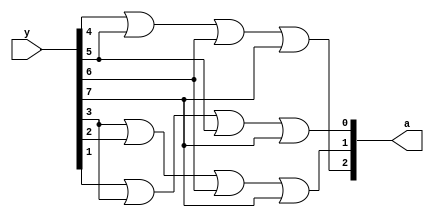

module encoder8to3(y,a);
input [7:0] y;
output [2:0]a;
assign a[2]=y[4]|y[5]|y[6]|y[7];
assign a[1]=y[3]|y[2]|y[6]|y[7];
assign a[0]=y[1]|y[3]|y[5]|y[7];


endmodule
module encoder8to3_tb;

	// Inputs
	reg [7:0] y;

	// Outputs
	wire [2:0] a;

	// Instantiate the Design Under Test (UDT)
	encoder8to3 dut (y,a
	);

	initial begin
		// Initialize Inputs
		y[7:0]=8'b00000001;#100;
		y[7:0]=8'b00000010;#100;
		y[7:0]=8'b00000100;#100;
		y[7:0]=8'b00001000;#100;
		y[7:0]=8'b00010000;#100;
		y[7:0]=8'b00100000;#100;
		y[7:0]=8'b01000000;#100;
		y[7:0]=8'b10000000;#100;

	end
      
endmodule